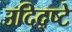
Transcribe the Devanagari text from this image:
उदिद्ष्टे